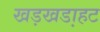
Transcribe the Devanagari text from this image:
खड़खडा़हट